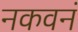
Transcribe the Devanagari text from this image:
नकवनं